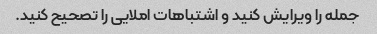
جمله را ویرایش کنید و اشتباهات املایی را تصحیح کنید.